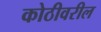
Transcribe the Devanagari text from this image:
कोठीवरील